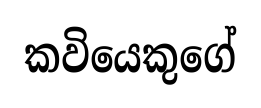
කවියෙකුගේ